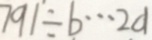
7 9 1 \div b \cdots 2 a